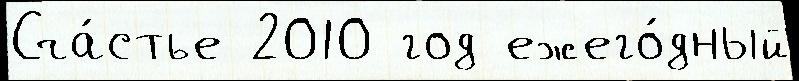
Сча́стье 2010 год ежего́дный